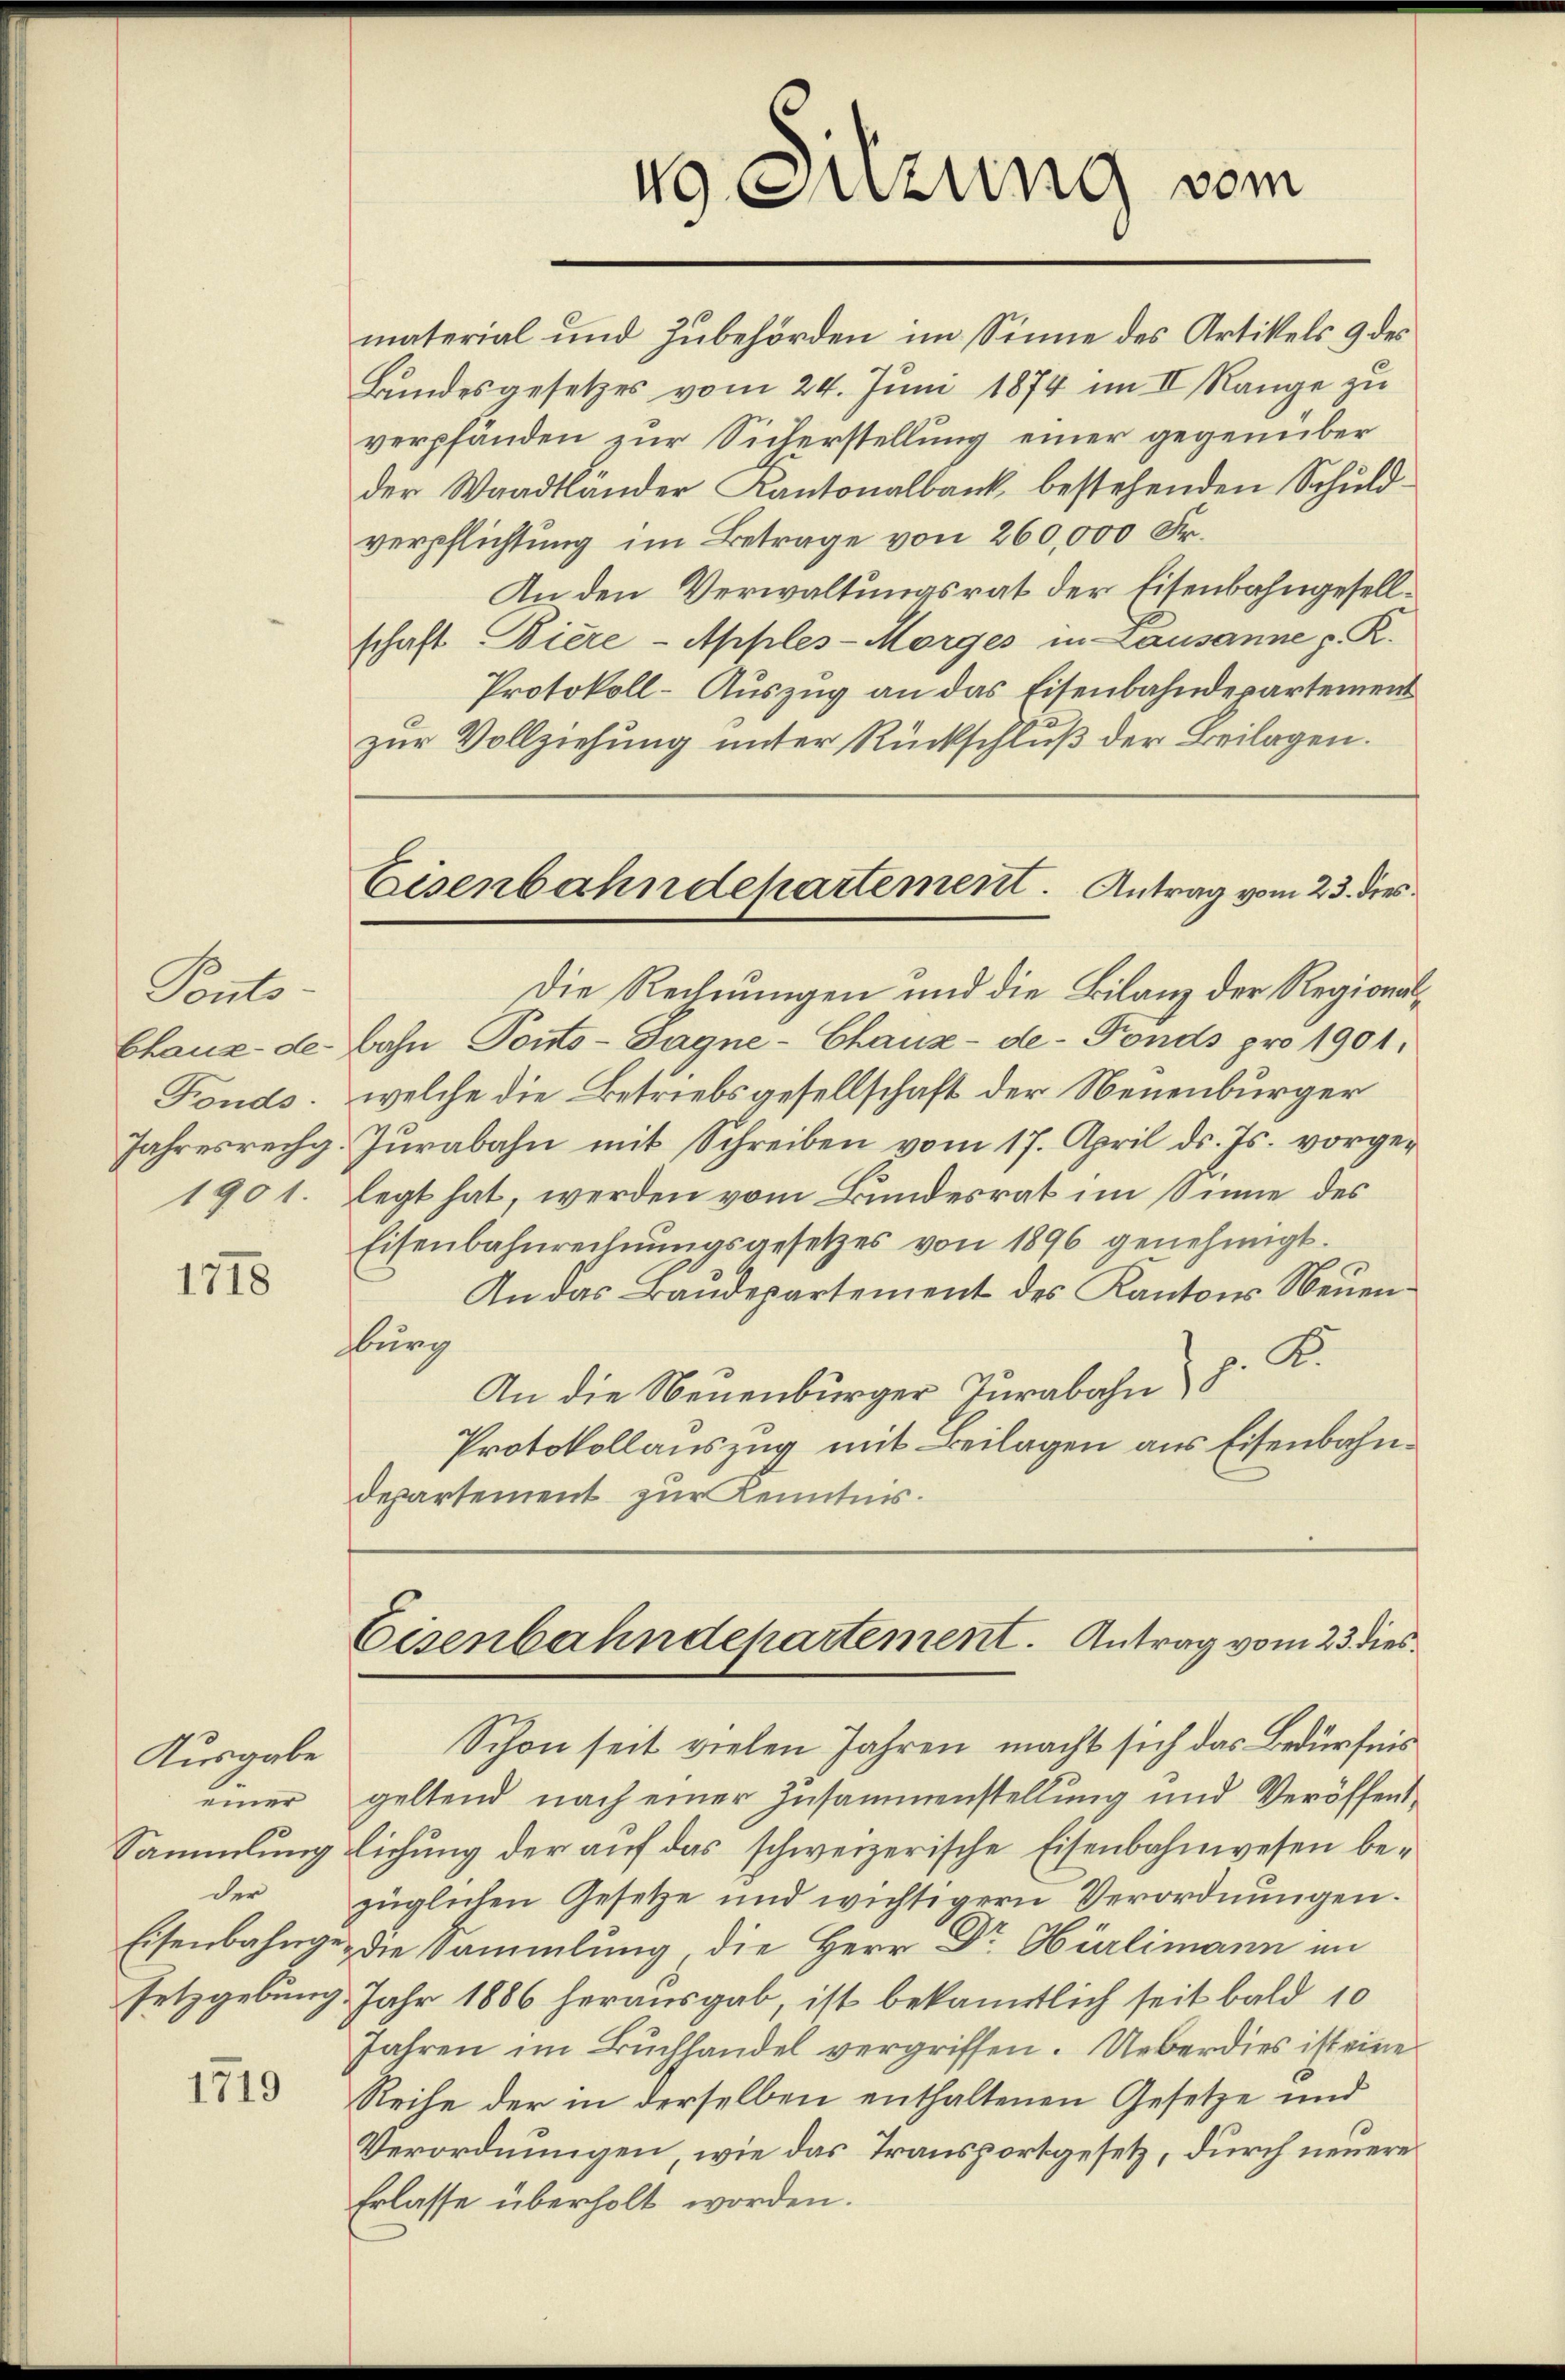
Ponts-
Chaux-de-
Fonds.
Jahresrechg.
1901.

1718

Ausgabe
einer
Sammlung.
der
Eisenbahnge
setzgebung

1719

material und Zubehörden im Sinne des Artikels 9 des
Bundesgesetzes vom 24. Juni 1874 im II Range zu
verpfänden zur Sicherstellung einer gegenüber
der Waadtländer Kantonalbank bestehenden Schuldverpflichtung im Betrage von 260,000 Fr.
An den Verwaltungsrat der Eisenbahngesellschaft Biere - Apples-Morges in Lausanne z. R.
Protokoll- Auszug an das Eisenbahndepartement
zur Vollziehung unter Rückschluß der Beilagen.
Die Rechnungen und die Bilanz der Regionalbahn Ponto-Sagne-Chaux-de-Fonds pro 1901.
welche die Betriebsgesellschaft der Neuenburger
Zŭrabahn mit Schreiben vom 17. April d. Js. vorgelegt hat, werden vom Bundesrat im Sinne des
Eisenbahnrechnŭngsgesetzes von 1896 genehmigt.
An das Baudepartement des Kantons Neuenhlung
An die Neuenbürger Jurabahn p. K.
Protokollauszug mit Beilagen aus Eisenbahndepartement zur Kenntnis.
Eisenbahndepartement. Antrag vom 23. dies
Schon seit vielen Jahren macht sich das Bedürfnis
geltend nach einer Zusammenstellung und Veröffentlichung der auf das schweizerische Eisenbahnwesen bezüglichen Gesetze und wichtigern Verordnungen.
die Sammlung die Herr Dr. Hürlimann in
Jahr 1886 herausgab, ist bekanntlich seit bald 10
Jahren im Buchhandel vergriffen. Ueberdies ist eine
Reihe der in derselben enthaltenen Gesetze und
Verordnungen, wie das Transportgesetz, durch neuere
Erlasse überholt worden.

49. Sitzung vom

Eisenbahndepartement. Antrag vom 23. dies